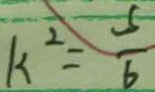
k ^ { 2 } = \frac { 5 } { 6 }